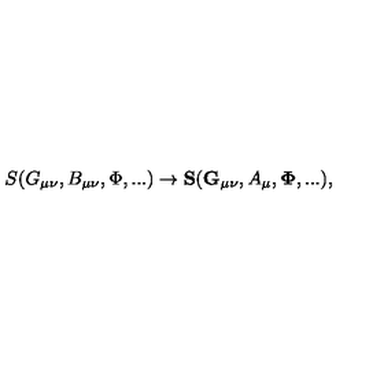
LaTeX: S ( G _ { \mu \nu } , B _ { \mu \nu } , \Phi , . . . ) \to { \bf S } ( { \bf G _ { \mu \nu } } , A _ { \mu } , { \bf { \Phi } } , . . . ) ,